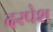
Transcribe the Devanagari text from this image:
दरपेश